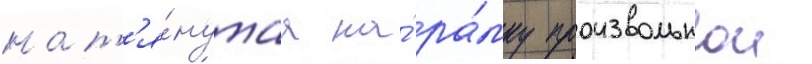
нат'я́нутаа на́ ра́мку произвольнои